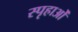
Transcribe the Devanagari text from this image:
स्पृहाओं